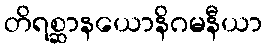
တိရစ္ဆာနယောနိဂမနီယာ